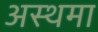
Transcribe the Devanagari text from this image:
अस्‍थमा